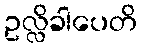
ဥလ္လိခါပေတိ